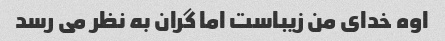
اوه خدای من زیباست اما گران به نظر می رسد